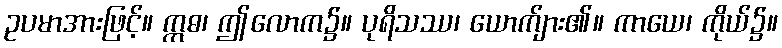
ဥပမာအားဖြင့်။ ဣဓ၊ ဤလောက၌။ ပုရိသဿ၊ ယောက်ျား၏။ ကာယေ၊ ကိုယ်၌။